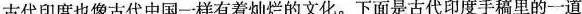
古代印度也像古代中国一样有着灿烂的文化。下面是古代印度手稿里的一道